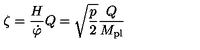
\zeta = \frac { H } { \dot { \varphi } } Q = \sqrt { \frac { p } { 2 } } \frac { Q } { M _ { \mathrm { p l } } }